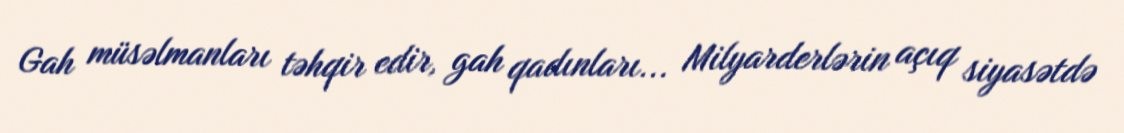
Gah müsəlmanları təhqir edir, gah qadınları... Milyarderlərin açıq siyasətdə